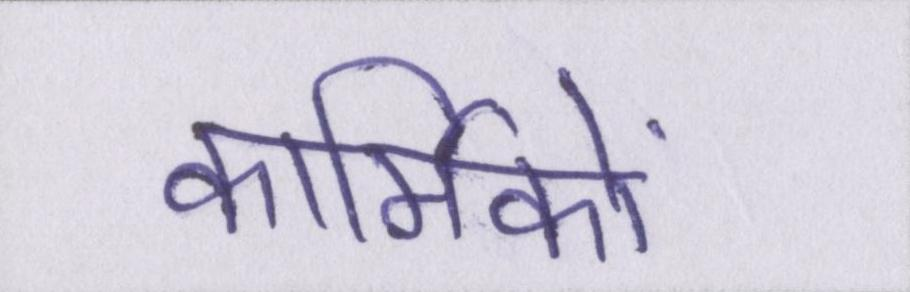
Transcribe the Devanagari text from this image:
कार्मिकों